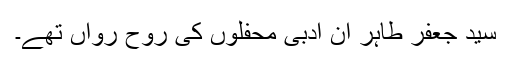
سید جعفر طاہر ان ادبی محفلوں کی روح رواں تھے۔